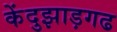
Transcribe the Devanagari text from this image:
केंदुझाड़गढ